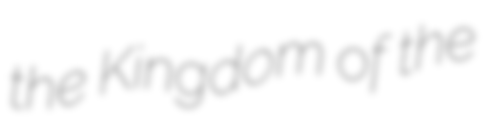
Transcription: the Kingdom of the